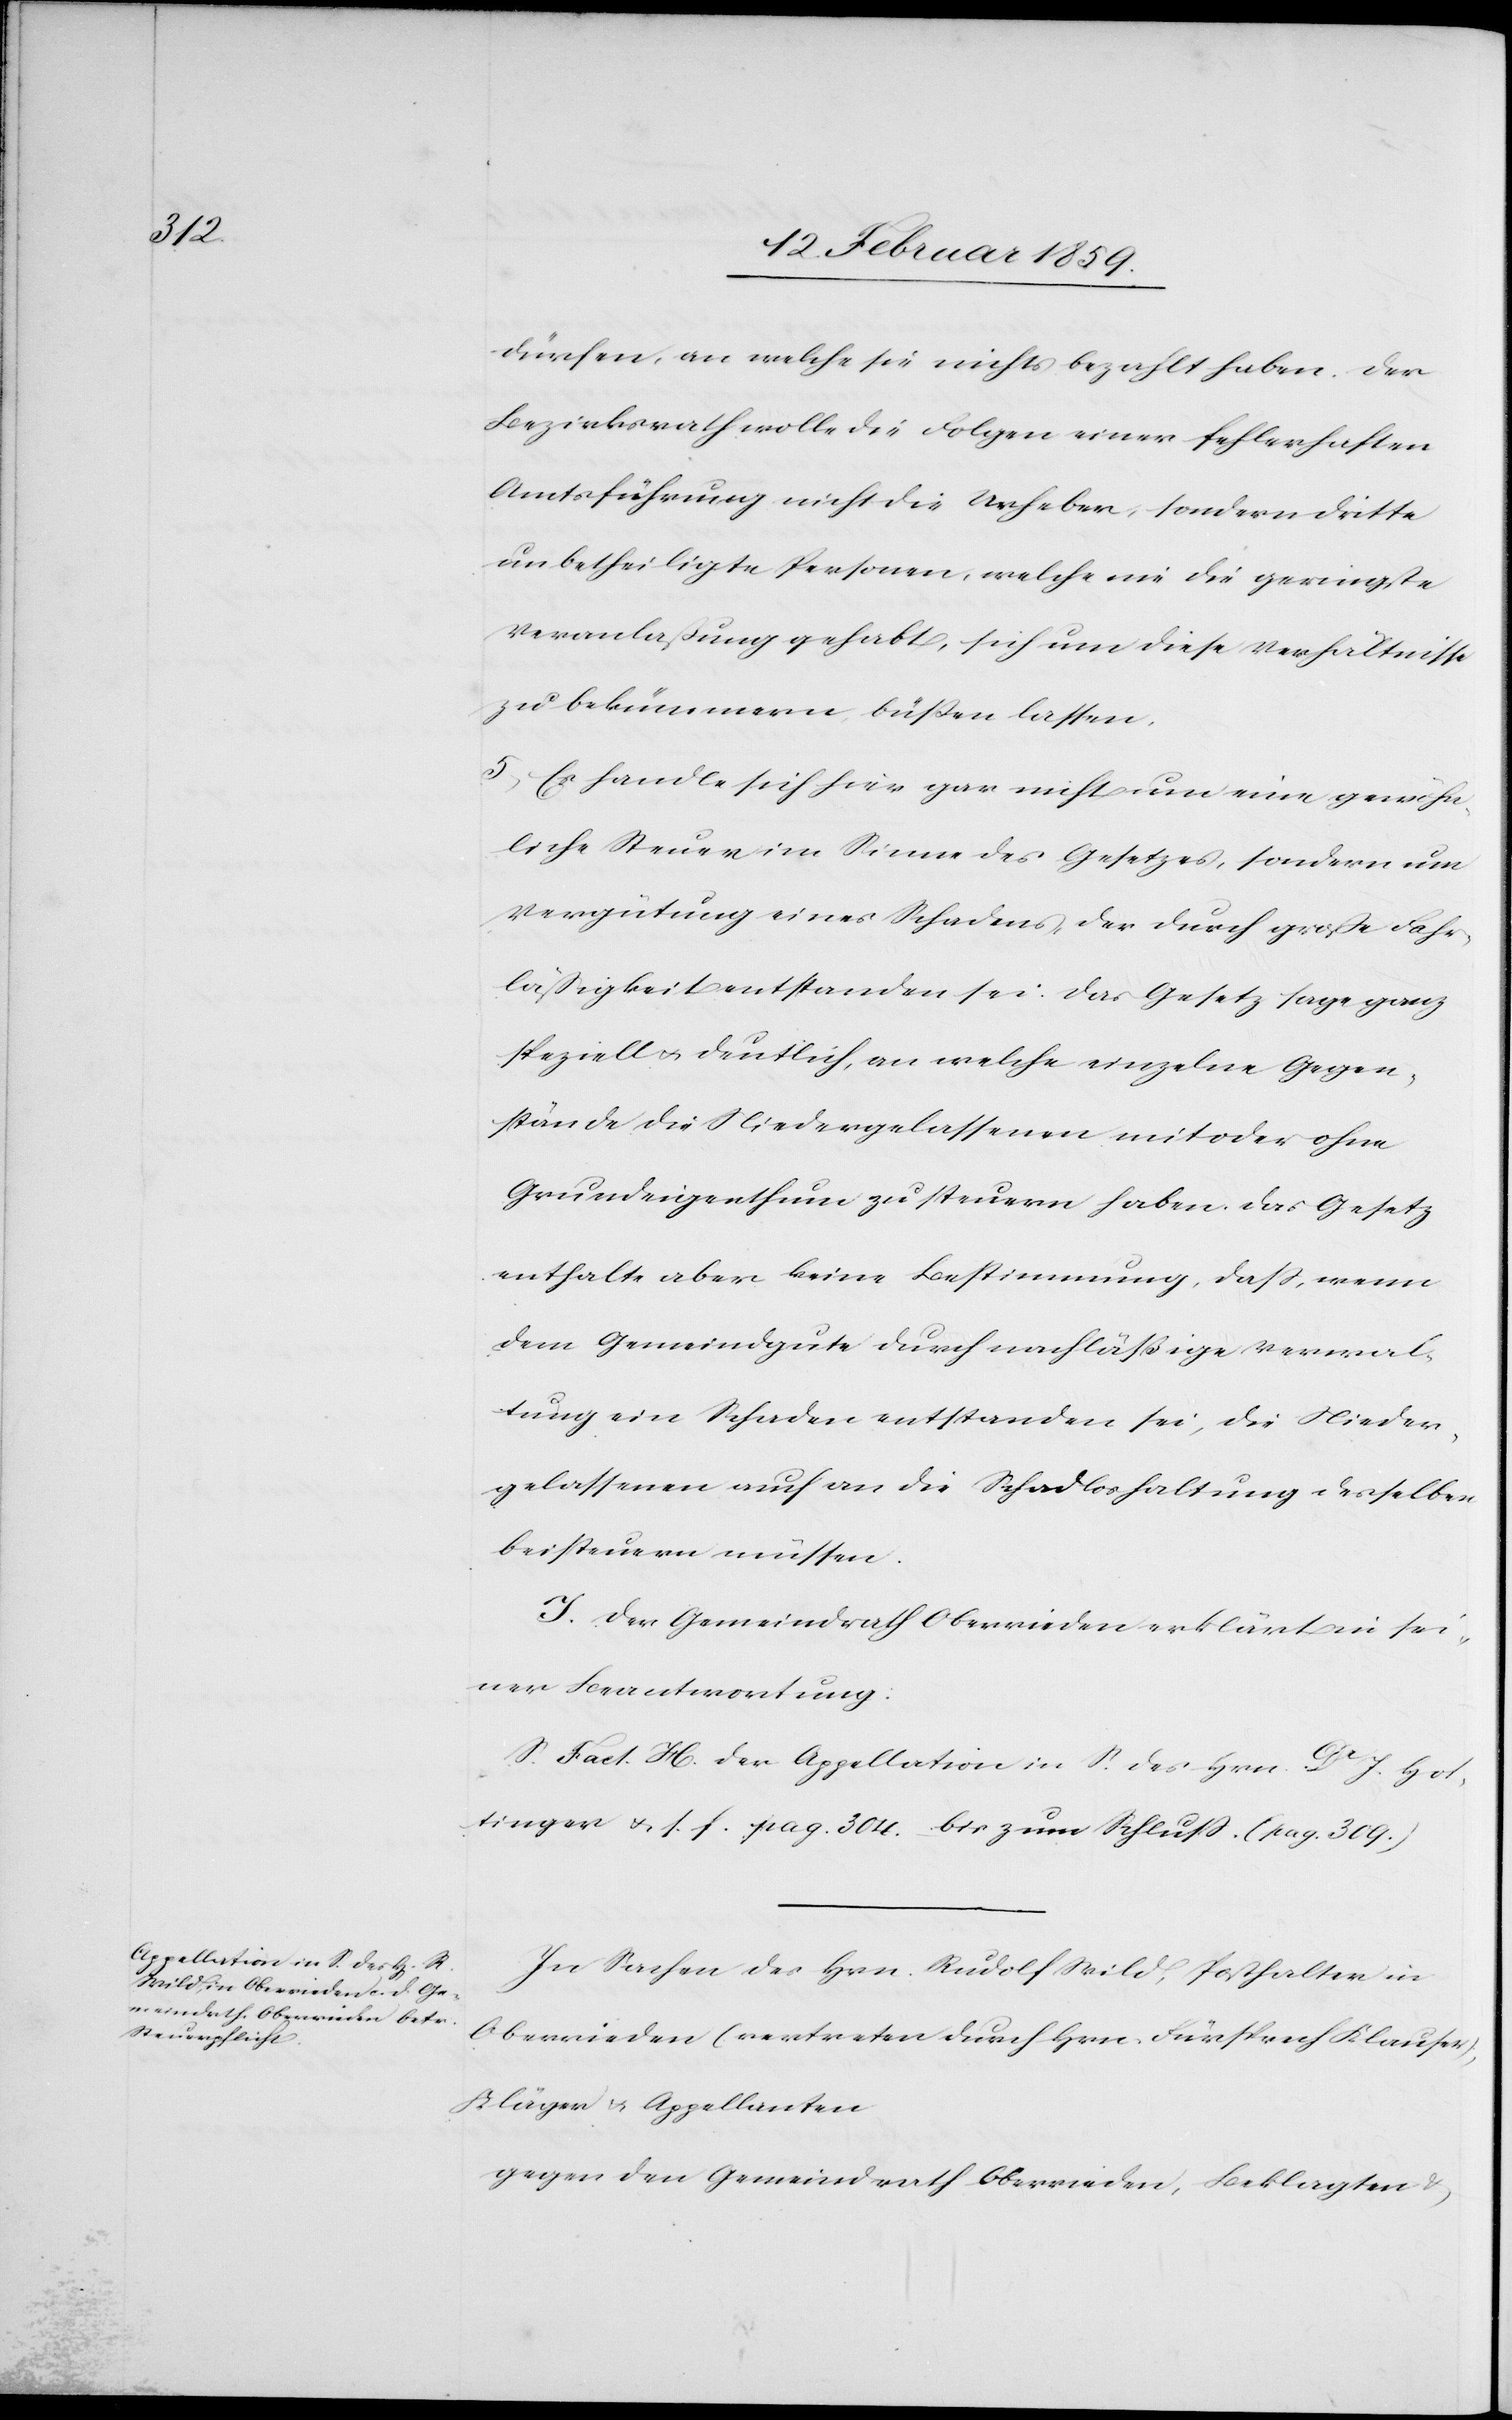
dürfen, an welche sie nichts bezahlt haben. Der
Bezirksrath wolle die Folgen einer fehlerhaften
Amtsführung nicht die Urheber, sondern dritte
unbetheiligte Personen, welche nie die geringste
Veranlaßung gehabt, sich um diese Verhältnisse
zu bekümmern, büßen lassen.
5) Es handle sich hier gar nicht um eine gewöhn¬
liche Steuer im Sinne des Gesetzes, sondern um
Vergütung eines Schadens, der durch große Fahr¬
läßigkeit entstanden sei. Das Gesetz sage ganz
speziell u. deutlich, an welche einzelne Gegen¬
stände die Niedergelassenen mit oder ohne
Grundeigenthum zu steuern haben. Das Gesetz
enthalte aber keine Bestimmung, daß, wenn
dem Gemeindgute durch nachläßige Verwal¬
tung ein Schaden entstanden sei, die Nieder¬
gelassenen auch an die Schadloshaltung desselben
beisteuern müssen.
I. Der Gemeindrath Oberrieden erklärt in sei¬
ner Beantwortung:
S. Fact. H. der Appellation in S. des Hrn. Dr. J. Hot¬
tinger u. s. f. pag. 304. bis zum Schluß. (pag. 309.)
In Sachen des Hrn. Rudolf Wild, Posthalter in
Oberrieden (vertreten durch Hrn. Fürsprech Klauser),
Kläger & Appellanten
gegen den Gemeindrath Oberrieden, Beklagten &